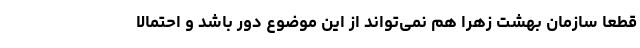
قطعا سازمان بهشت زهرا هم نمی‌تواند از این موضوع دور باشد و احتمالا